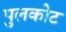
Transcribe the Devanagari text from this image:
पुलकोट